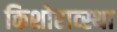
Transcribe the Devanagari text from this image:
किशोराव्स्था